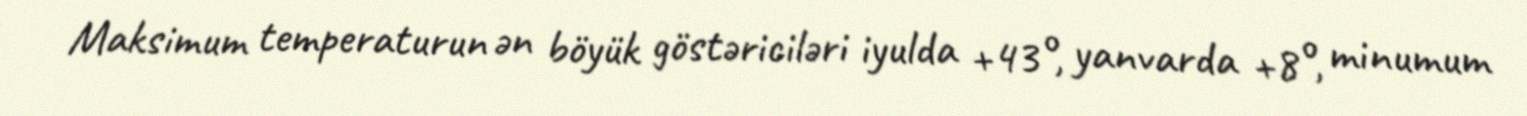
Maksimum temperaturun ən böyük göstəriciləri iyulda +43°, yanvarda +8°, minumum